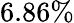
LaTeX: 6.86\%